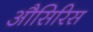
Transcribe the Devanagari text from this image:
औसिरिस